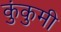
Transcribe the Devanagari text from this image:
कुंकुमी